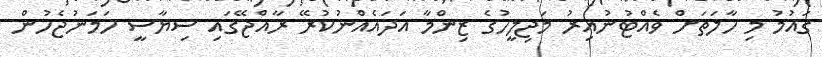
ގައުމު މި ހާލަތަށް ވެއްޓުނުއިރު މަޖިލީހުގެ ޒިންމާ އަދައެއްނުކުރޭ ރާއްޖޭގައި ސިޔާސީ ހަމަނުޖެހުން